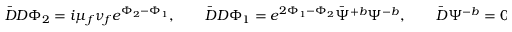
\bar { D } D \Phi _ { 2 } = i \mu _ { f } \nu _ { f } e ^ { \Phi _ { 2 } - \Phi _ { 1 } } , \qquad \bar { D } D \Phi _ { 1 } = e ^ { 2 \Phi _ { 1 } - \Phi _ { 2 } } \bar { \Psi } ^ { + b } \Psi ^ { - b } , \qquad \bar { D } \Psi ^ { - b } = 0 = D \bar { \Psi } ^ { + b } .